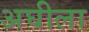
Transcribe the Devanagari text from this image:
अघीला